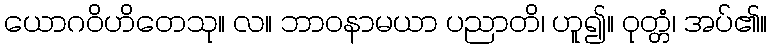
ယောဂဝိဟိတေသု။ လ။ ဘာဝနာမယာ ပညာတိ၊ ဟူ၍။ ဝုတ္တံ၊ အပ်၏။